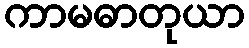
ကာမဓာတုယာ